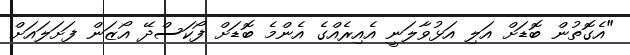
"އެގޮތުން ބޮޑަށް އަލި އަޅުވާލަނީ އެއިރެއްގެ އެންމެ ބޮޑަށް ފޯކަސްދޭ އޯޒަން ފަށަލައަށް